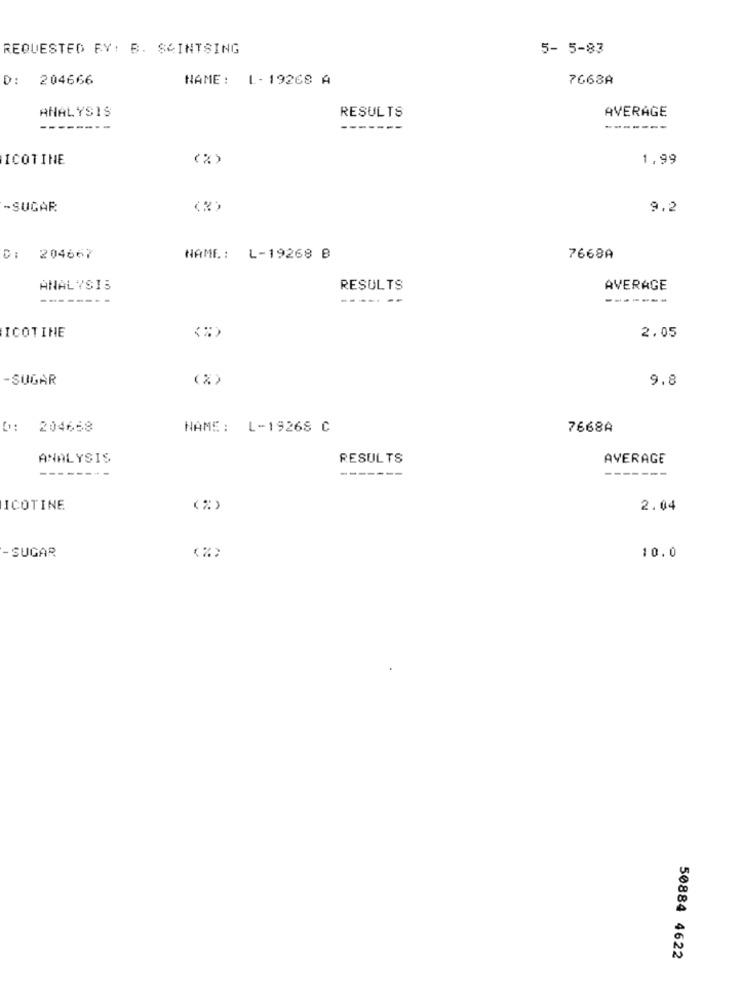
REQUESTED BY: B. SAINTSING
5- 5-83
D: 204666
NAME: L- 19268 A
7663A
ANALYSIS
RESULTS
AVERAGE
------
ICOTINE
(%)
1.99
-SUGAR
9.2
D: 204667
NAME: L-19268 B
7668A
ANALYSIS
RESULTS
AVERAGE
------.
----- --
-------
ICOTINE
2.05
-SUGAR
(%)
9.8
0: 204668
NAME: L-19268 C
7668A
ANALYSIS
RESULTS
AVERAGE
--------
-------
-------
ICOTINE
(%)
2.04
- SUGAR
(%>
10.0
50884 4622